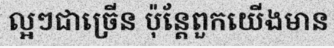
ល្អៗជាច្រើន ប៉ុន្តែពួកយើងមាន